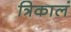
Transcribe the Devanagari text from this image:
त्रिकालं